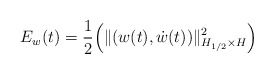
\begin{align*}E_w(t) = \frac{1}{2} \Big( \|(w(t),\dot w(t))\|^2_{H_{1/2} \times H}\Big)\end{align*}